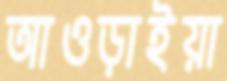
আওড়াইয়া